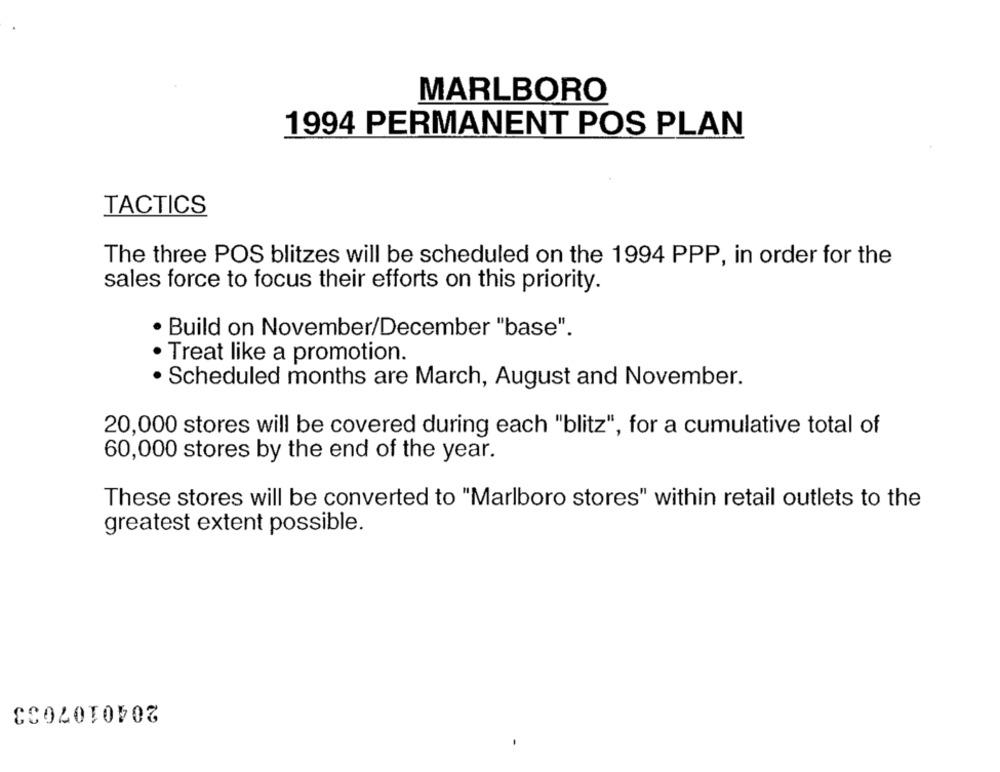
MARLBORO
1994 PERMANENT POS PLAN
TACTICS
The three POS blitzes will be scheduled on the 1994 PPP, in order for the
sales force to focus their efforts on this priority.
Build on November/December "base".
· Treat like a promotion.
· Scheduled months are March, August and November.
20,000 stores will be covered during each "blitz", for a cumulative total of
60,000 stores by the end of the year.
These stores will be converted to "Marlboro stores" within retail outlets to the
greatest extent possible.
2040107033